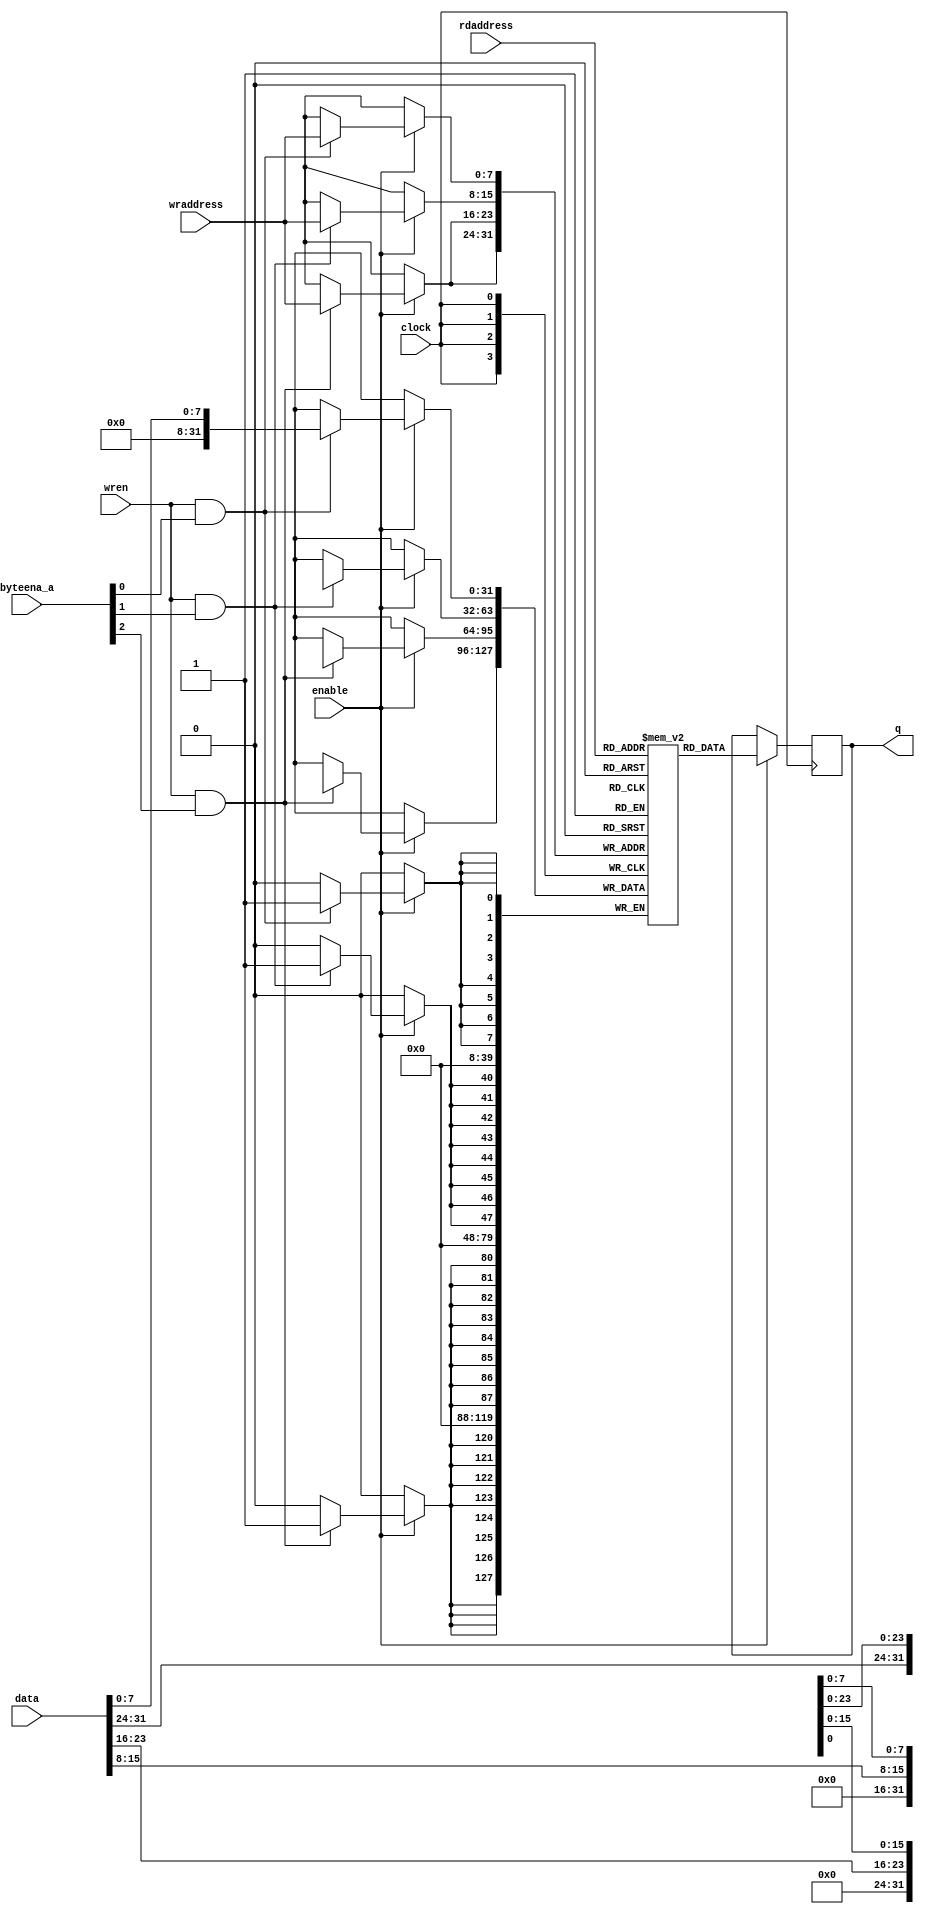
module denise_colortable_ram_mf
  (
   input              clock,
   input              enable,
   input              wren,
   input  wire [ 3:0] byteena_a,
   input  wire [ 7:0] rdaddress,
   input  wire [ 7:0] wraddress,
   input  wire [31:0] data,
   output reg  [31:0] q
   );

   reg [31:0]      mem[0:255];

   always @(posedge clock) begin
      if (enable) begin
         if (wren & byteena_a[0]) mem[wraddress][ 7: 0] <= data[ 7: 0];
         if (wren & byteena_a[1]) mem[wraddress][15: 8] <= data[15: 8];
         if (wren & byteena_a[2]) mem[wraddress][23:16] <= data[23:16];
         if (wren & byteena_a[2]) mem[wraddress][31:24] <= data[31:24];
         q <= mem[rdaddress];
      end
   end

endmodule // denise_colortable_ram_mf